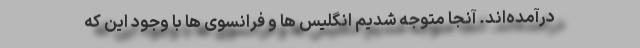
درآمده‌اند. آنجا متوجه شدیم انگلیس ها و فرانسوی ها با وجود این که